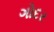
ગોદર